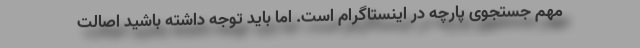
مهم جستجوی پارچه در اینستاگرام است. اما باید توجه داشته باشید اصالت